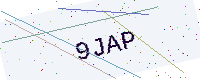
Text: 9JAP